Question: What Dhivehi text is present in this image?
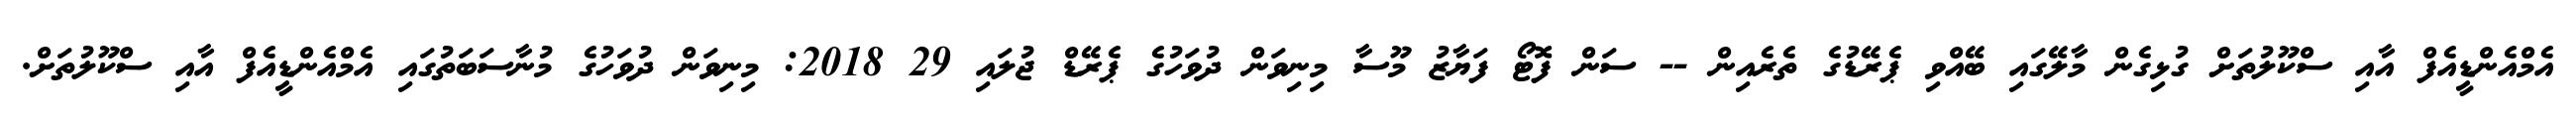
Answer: އެމްއެންޑީއެފް އާއި ސްކޫލުތަށް ގުޅިގެން މާލޭގައި ބޭއްވި ޕެރޭޑުގެ ތެރެއިން -- ސަން ފޮޓޯ ފަޔާޒު މޫސާ މިނިވަން ދުވަހުގެ ޕެރޭޑް ޖުލައި 29 2018: މިނިވަން ދުވަހުގެ މުނާސަބަތުގައި އެމްއެންޑީއެފް އާއި ސްކޫލުތަށް.